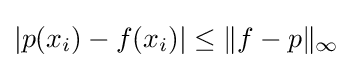
|p(x_{i})-f(x_{i})|\leq \|f-p\|_{\infty }